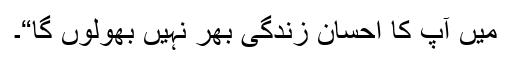
میں آپ کا احسان زندگی بھر نہیں بھولوں گا“۔